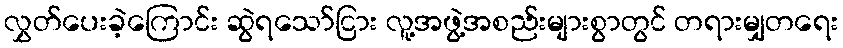
လွှတ်ပေးခဲ့ကြောင်း ဆွဲရသော်ငြား လူ့အဖွဲ့အစည်းများစွာတွင် တရားမျှတရေး